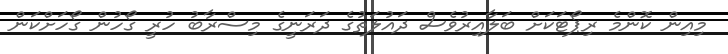
މިއިން ކޮންމެ ރިޕޯޓަކަށް ބަލާއިރުވެސް ދައުލަތުގެ ދަރަނީގެ މިސްރާބު ހުރީ ގޯހުން ގޯހަށްކަން